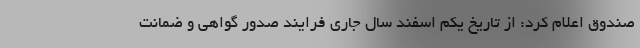
صندوق اعلام کرد: از تاریخ یکم اسفند سال جاری فرایند صدور گواهی و ضمانت